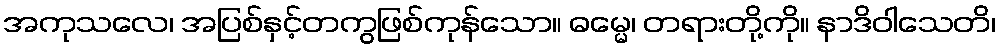
အကုသလေ၊ အပြစ်နှင့်တကွဖြစ်ကုန်သော။ ဓမ္မေ၊ တရားတို့ကို။ နာဒိဝါသေတိ၊